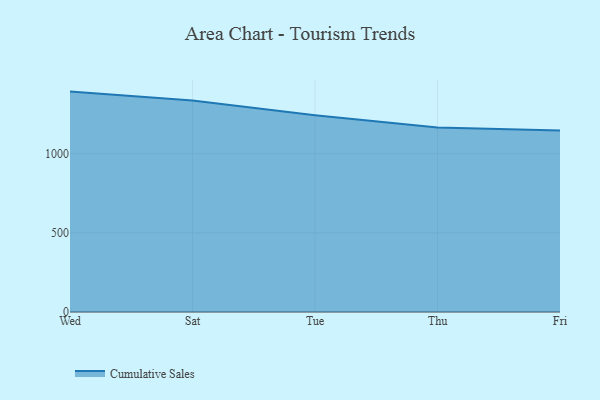
{"axis": {"x": "Day", "y": "Backlog"}, "legend": ["Cumulative Sales"], "data": [{"x": "Wed", "y": 1391.8, "type": "Cumulative Sales"}, {"x": "Sat", "y": 1335.0, "type": "Cumulative Sales"}, {"x": "Tue", "y": 1242.6, "type": "Cumulative Sales"}, {"x": "Thu", "y": 1165.0, "type": "Cumulative Sales"}, {"x": "Fri", "y": 1146.8, "type": "Cumulative Sales"}]}